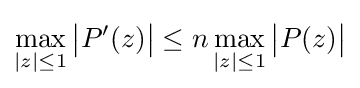
\max _{|z|\leq 1}{\big |}P'(z){\big |}\leq n\max _{|z|\leq 1}{\big |}P(z){\big |}